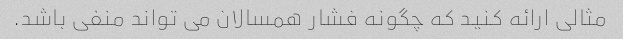
مثالی ارائه کنید که چگونه فشار همسالان می تواند منفی باشد.